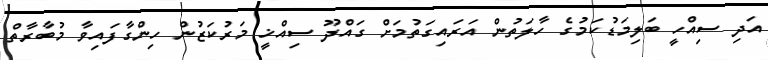
އަދި ސިއްހީ ބަލިމަޑުކަމުގެ ހާލަތުން އަރައިގަތުމަށް ގައްދޫ ސިއްޚީ މަރުކަޒުން ހިންގާފައިވާ މުބާރާތް